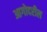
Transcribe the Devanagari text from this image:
आगोदरील